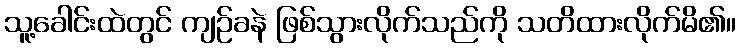
သူ့ခေါင်းထဲတွင် ကျဉ်ခနဲ ဖြစ်သွားလိုက်သည်ကို သတိထားလိုက်မိ၏။